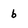
Character: b